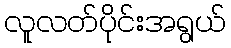
လူလတ်ပိုင်းအရွယ်